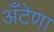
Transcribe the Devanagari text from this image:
अँटेणा